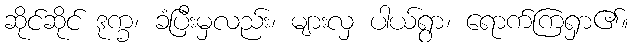
ဆိုင်ဆိုင် ဒုက္ခ၊ ခံပြီးမှလည်း၊ များလှ ပါယ်ရွာ၊ ရောက်ကြရှာ၏။